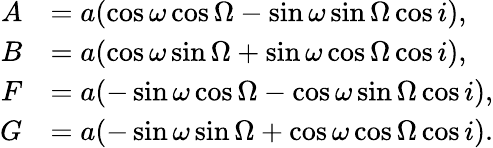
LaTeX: \begin{array}{rl}{A}&{=a(\cos{\omega}\cos{\Omega}-\sin{\omega}\sin{\Omega}\cos{i}),}\\ {B}&{=a(\cos{\omega}\sin{\Omega}+\sin{\omega}\cos{\Omega}\cos{i}),}\\ {F}&{=a(-\sin{\omega}\cos{\Omega}-\cos{\omega}\sin{\Omega}\cos{i}),}\\ {G}&{=a(-\sin{\omega}\sin{\Omega}+\cos{\omega}\cos{\Omega}\cos{i}).}\end{array}